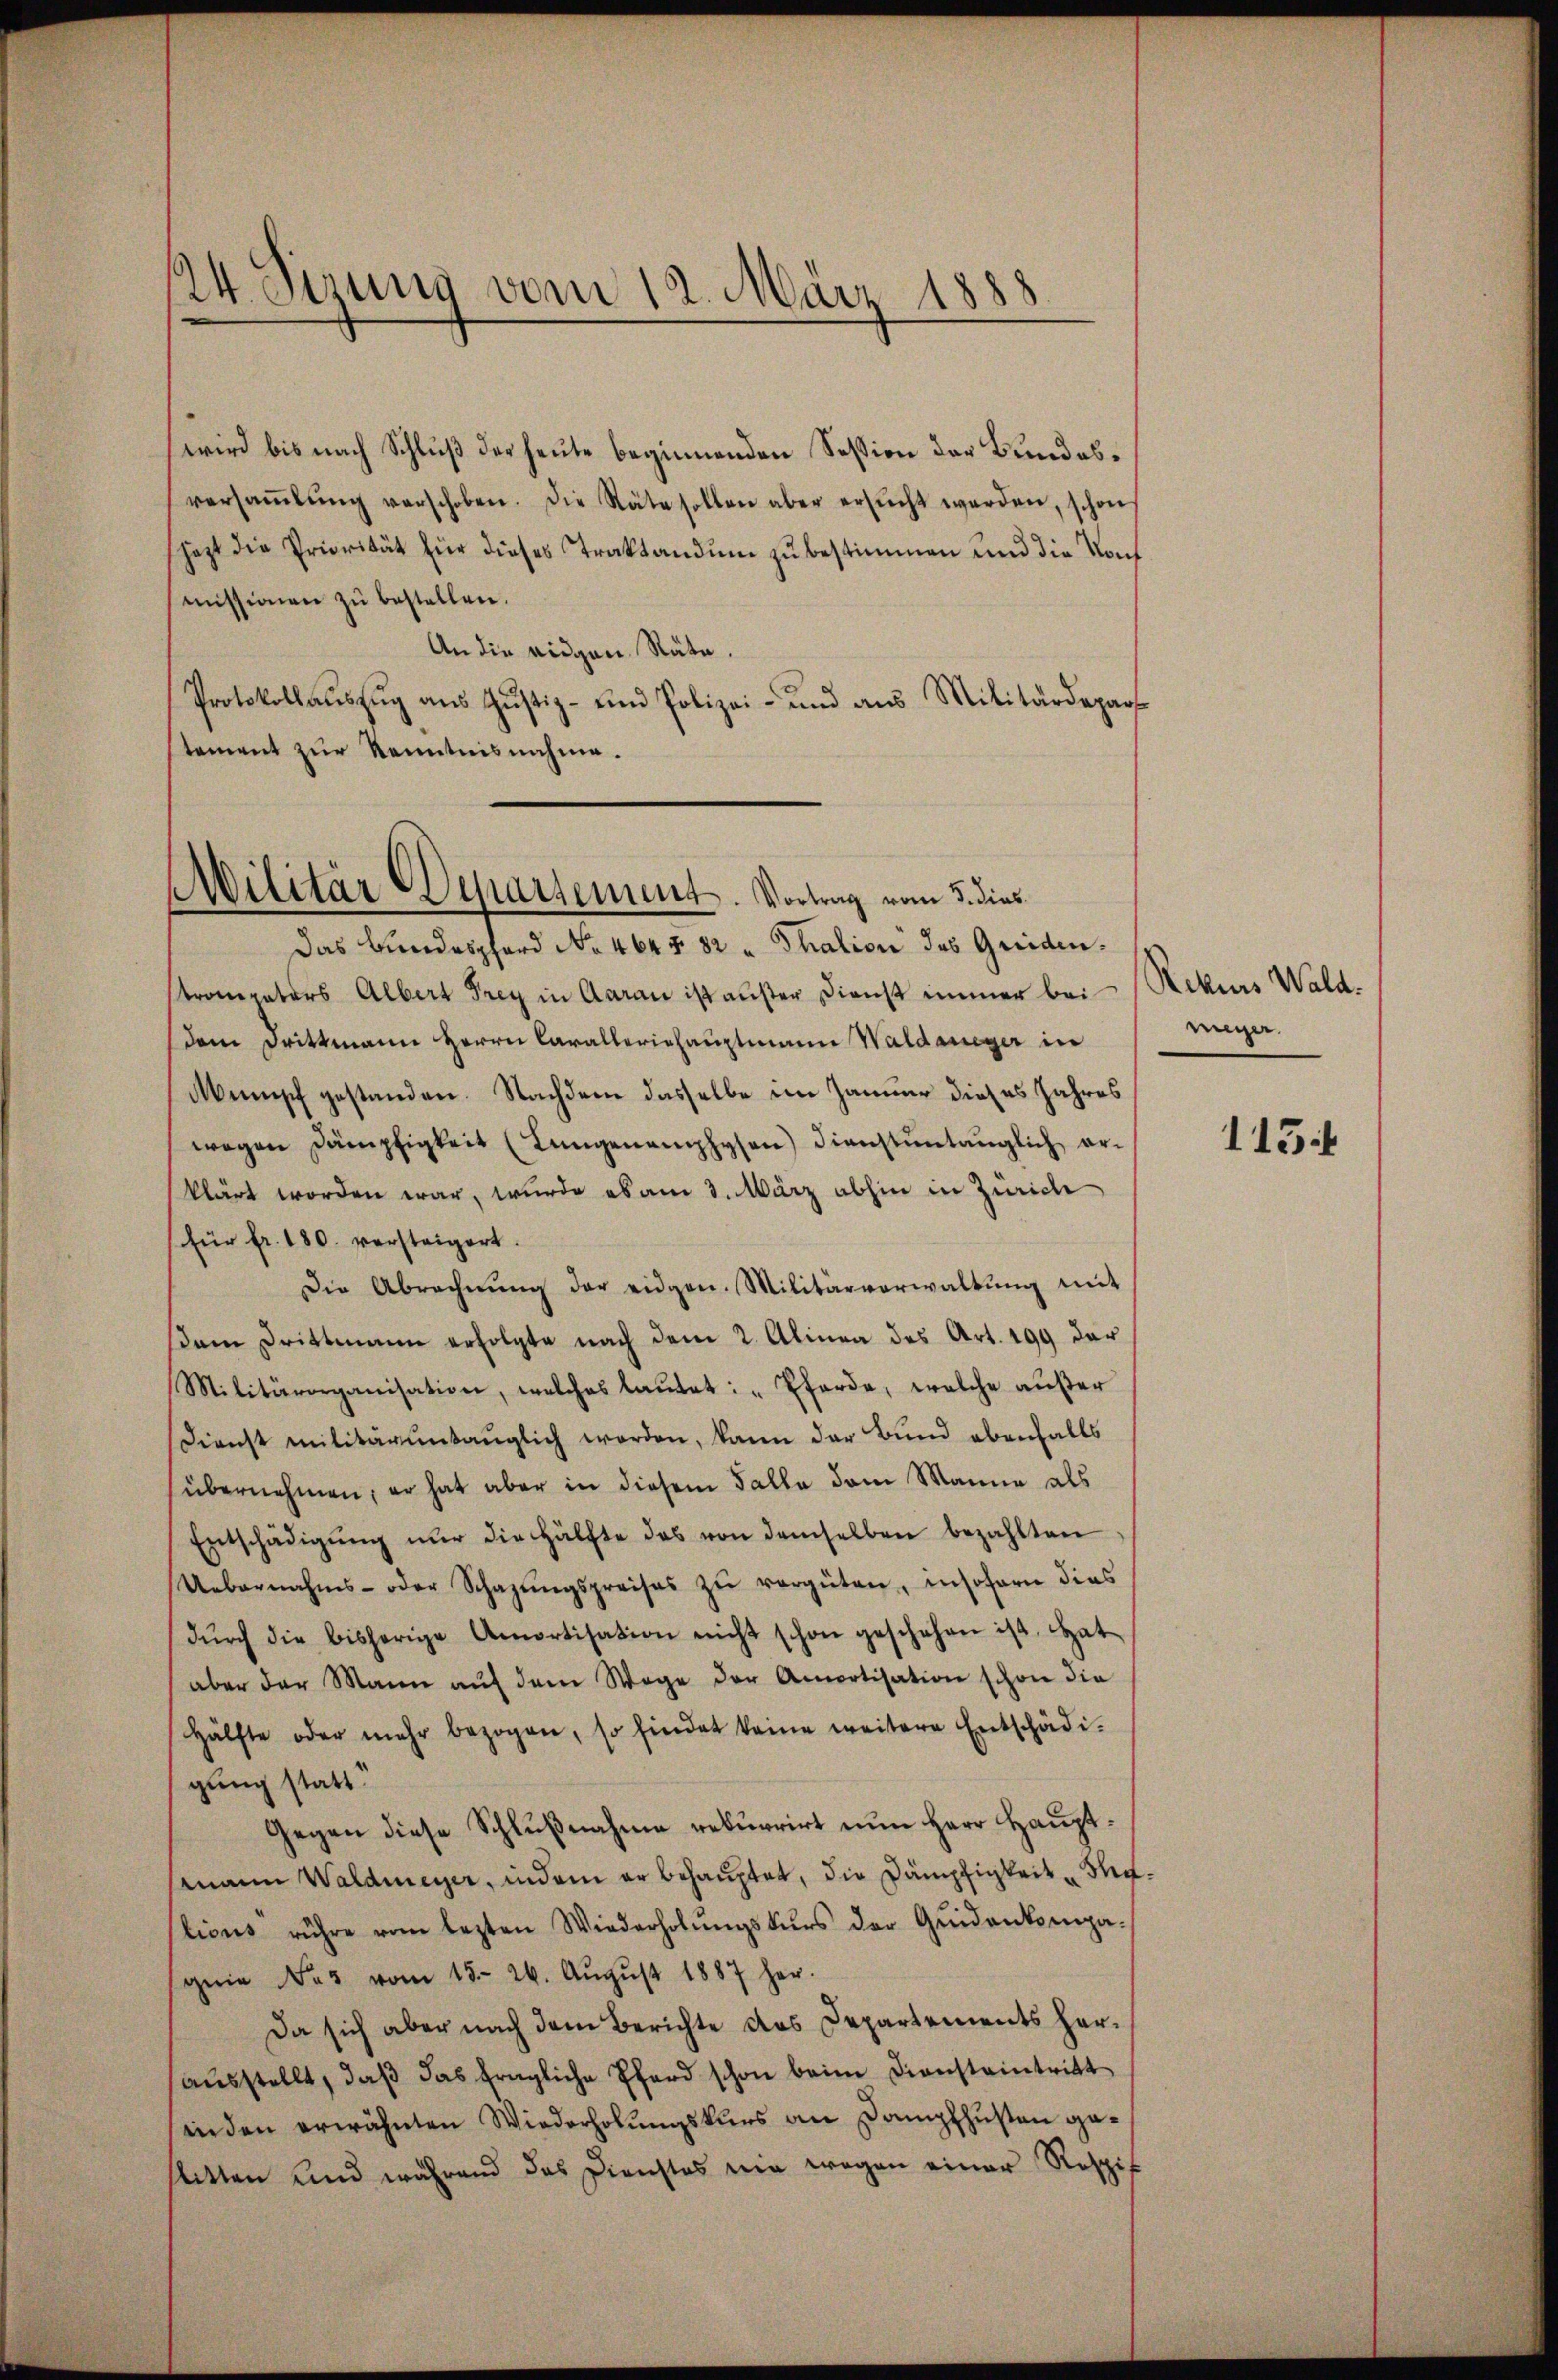
24. Serung vom 12. März 1888

wird bis nach Schluß der heute beginnenden Session der Bundesversaṁlŭng verschoben. Die Räte sollen aber ersŭcht werden, schon
jezt die Priorität für dieses Traktandum zu bestimmen und die Not
missionen zu bestellen.
An die eidgen Räte.
Protokollaŭszŭg aŭs Jŭstiz- und Polizei- und ans Militärdepart
stement zur Kenntnisnahme.

Militär Departement. Vortrag vom 3. dies
Das Bundesphard No 464 § 82 u Thalion des Griden¬

stroneraters Albert Frey in Aarau ist außer Dienst immer bei
dem Drittmann Herrn Caralleriehauptmann Waldaneger in
Mumisch gestanden. Nachdem dasselbe im Januar dieses Jahres
wegen Dämpfigkeit (Lungenemphysen) dienstüntänglich er-
klärt worden war, wurde es am 3. März abhin in Zürich
für fr. 180. versteigert.
Die Abrechnŭng der eidgen. Militärverwaltŭng mit
(dem Drittmann erfolgte nach dem 2. Alinea des Art. 199 der
Militärorganisation, welches lautet: „Pferde, welche außer
Dienst militärŭntauglich werden, kann der Bund ebenfalls
übernehmen, er hat aber in diesem Falle dem Manne als
Entschädigŭng nŭr die Hälfte das von demselben bezahlten
Uebernahms- oder Schazŭngspreises zŭ vergüten, insofern dies
dŭrch die bisherige Amortisation nicht schon geschehen ist. Hat
aber der Mann aŭf dem Wege der Amortisation schon die
Hälfte oder mehr bezogen, so findet keine weitere Entschädi-
gung statt.
Gegen diese Schlußnahme rekurrirt nun Herr Hauptsmann Waldmeyer, indem er behauptet, die Dämpfigkeit Turlicus rühre vom lezten Wiederholŭngskŭrs der Quidenkompa-
genie No 3 vom 15. 26. Aŭgŭst 1887 her-
Da sich aber nach dem Berichte des Departements heraŭsstellt, daβ das fragliche Pferd schon beim Diensteintritt
inden erwähnten Wiederholungskurs an Dampfhusten geslitten und während das Dienstes nie wegen einer Rospit

Rekurs Wald.
meyer.

115.